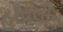
હોવલીન